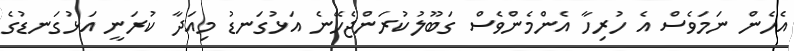
އެހެން ނަމަވެސް އެ ހުރިހާ އެންމެންވެސް ގަބޫލުކުރަންޖެހޭނެ އަޅުގަނޑު މިއަދާ ކުރަނީ އަޅުގަނޑުގެ